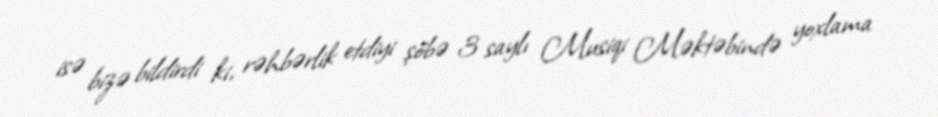
isə bizə bildirdi ki, rəhbərlik etdiyi şöbə 3 saylı Musiqi Məktəbində yoxlama